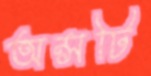
অন্সটি